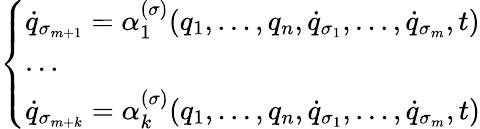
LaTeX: \left\{ \begin{array}{ll}{{\dot{q}}_{\sigma_{m+1}}=\alpha_{1}^{(\sigma)}(q_{1},\dots,q_{n},{\dot{q}}_{\sigma_{1}},\dots,{\dot{q}}_{\sigma_{m}},t)}\\ {\dots}\\ {{\dot{q}}_{{\sigma}_{m+k}}=\alpha_{k}^{(\sigma)}(q_{1},\dots,q_{n},{\dot{q}}_{\sigma_{1}},\dots,{\dot{q}}_{\sigma_{m}},t)}\end{array}\right.